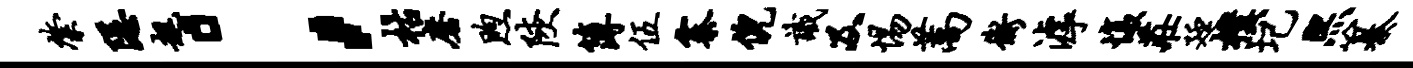
綮隐趄；枯磨煦陕簿伍寨倪识及惕蒿衡滹愎庄廷朴圮熙纂